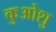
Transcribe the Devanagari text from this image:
कुओशु